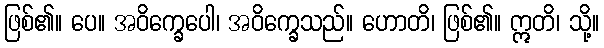
ဖြစ်၏။ ပေ။ အဝိက္ခေပေါ၊ အဝိက္ခေသည်။ ဟောတိ၊ ဖြစ်၏။ ဣတိ၊ သို့။